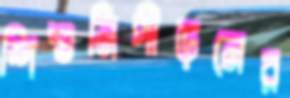
শিশুনিপীড়নের